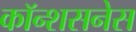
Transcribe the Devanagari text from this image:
कॉन्शसनेस